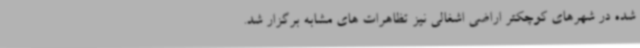
شده در شهرهای کوچکتر اراضی اشغالی نیز تظاهرات های مشابه برگزار شد.